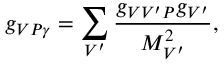
g _ { V P \gamma } = \sum _ { V ^ { \prime } } \frac { g _ { V V ^ { \prime } P } g _ { V ^ { \prime } } } { M _ { V ^ { \prime } } ^ { 2 } } ,